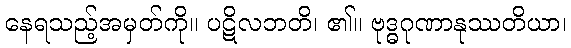
နေရသည့်အမှတ်ကို။ ပဋိလဘတိ၊ ၏။ ဗုဒ္ဓဂုဏာနုဿတိယာ၊